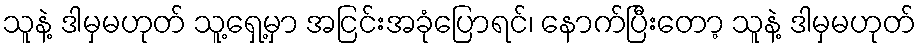
သူနဲ့ ဒါမှမဟုတ် သူ့ရှေ့မှာ အငြင်းအခုံပြောရင်၊ နောက်ပြီးတော့ သူနဲ့ ဒါမှမဟုတ်